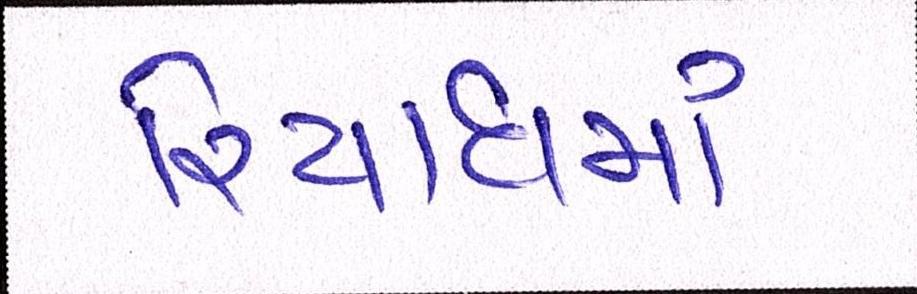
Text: રિયાધમાં